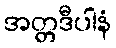
အတ္တဒီပါနံ